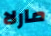
مارلا